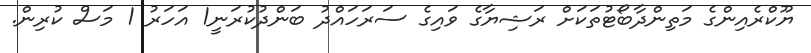
ޔޫކްރެއިންގެ މަތިންދާބޯޓުތަކަށް ރަޝިޔާގެ ވައިގެ ސަރަހައްދު ބަންދުކުރަނީ1 އަހަރު 1 މަސް ކުރިން.